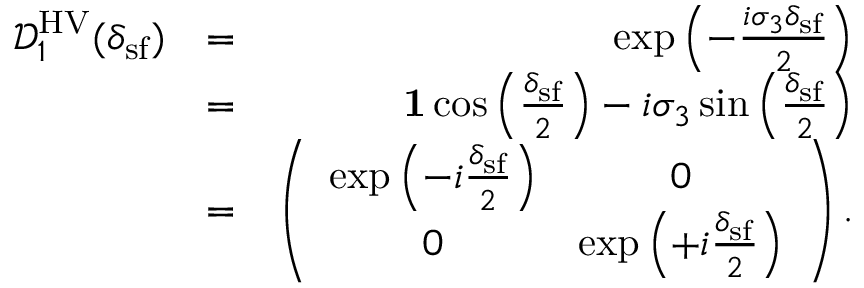
\begin{array} { r l r } { \mathcal { D } _ { 1 } ^ { \mathrm { H V } } ( \delta _ { \mathrm { s f } } ) } & { = } & { \exp \left( - \frac { i \sigma _ { 3 } \delta _ { \mathrm { s f } } } { 2 } \right) } \\ & { = } & { { \bf 1 } \cos \left( \frac { \delta _ { \mathrm { s f } } } { 2 } \right) - i \sigma _ { 3 } \sin \left( \frac { \delta _ { \mathrm { s f } } } { 2 } \right) } \\ & { = } & { \left( \begin{array} { c c } { \exp \left( - i \frac { \delta _ { \mathrm { s f } } } { 2 } \right) } & { 0 } \\ { 0 } & { \exp \left( + i \frac { \delta _ { \mathrm { s f } } } { 2 } \right) } \end{array} \right) . } \end{array}